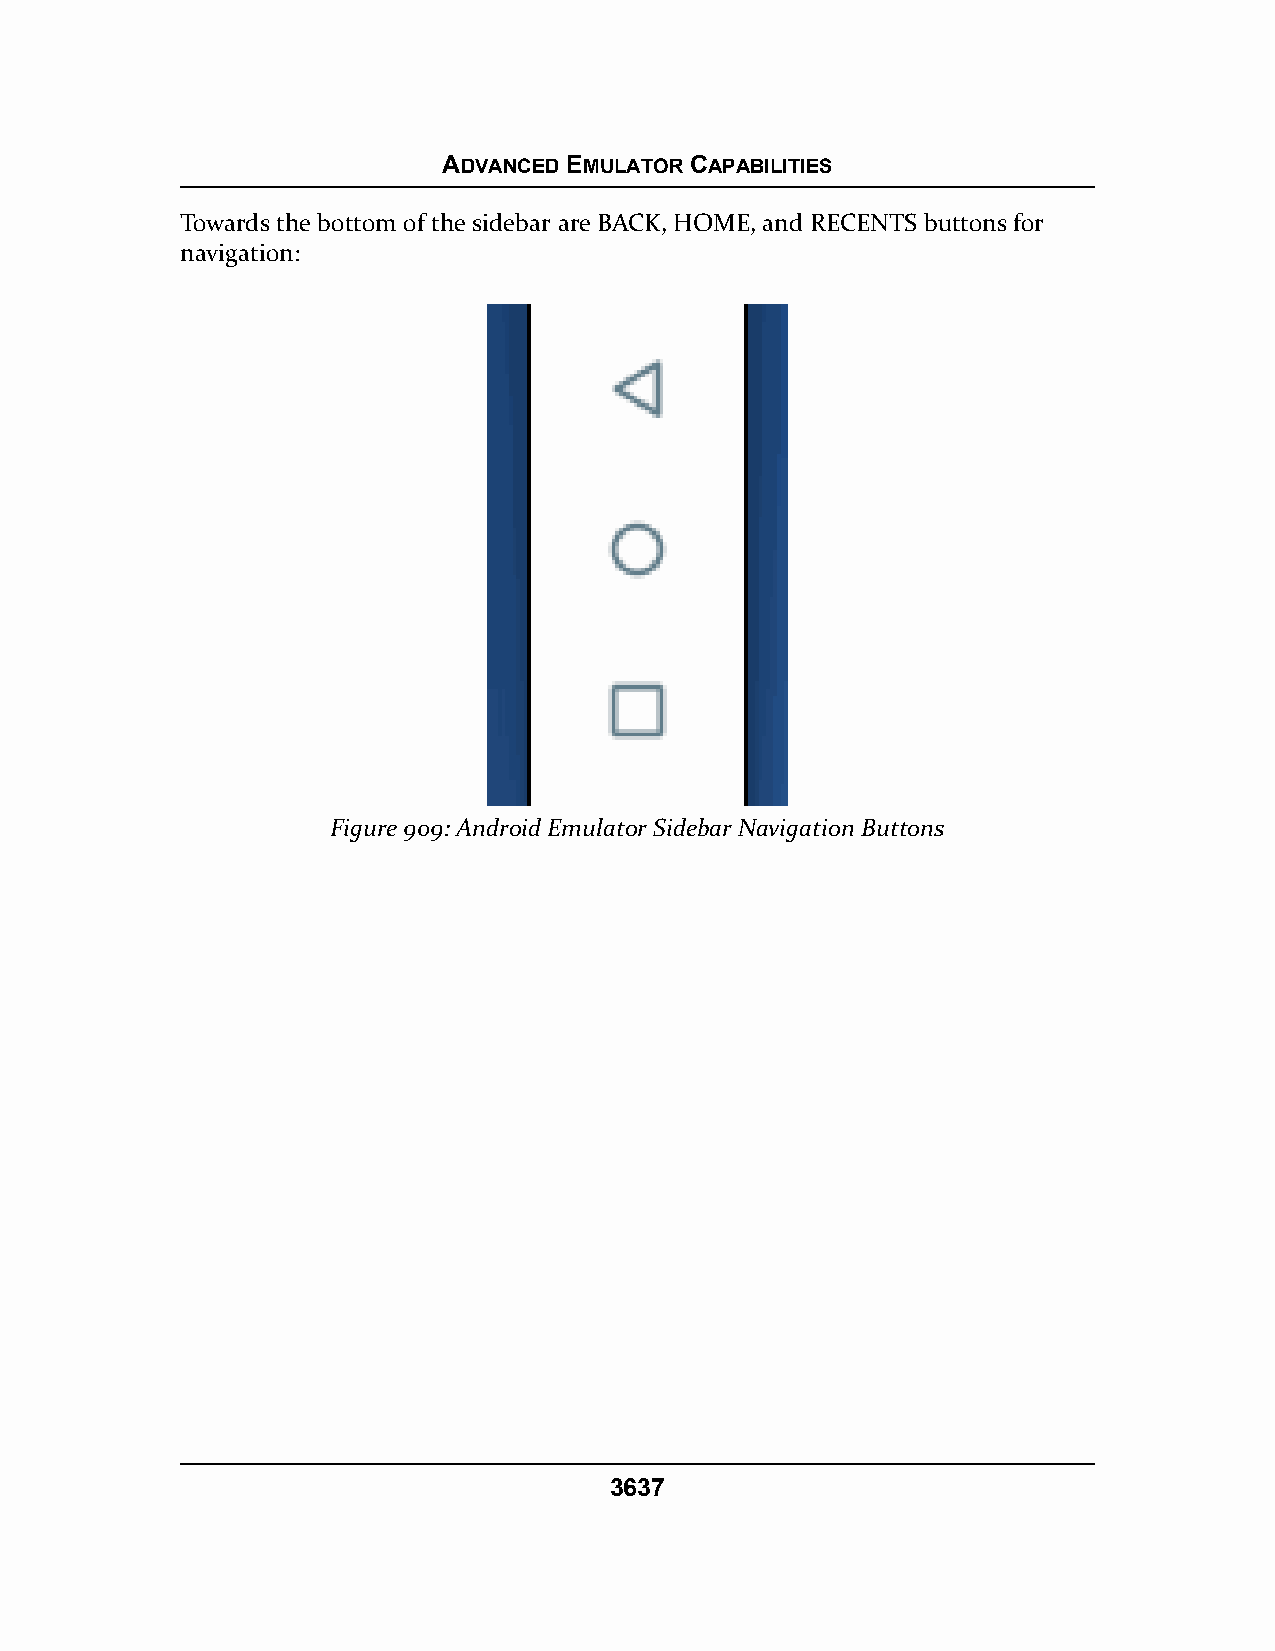
ADVANCED EMULATOR CAPABILITIES
 Towards the bottom of the sidebar are BACK, HOME, and RECENTS buttons for
 navigation:
 Figure 909: Android Emulator Sidebar Navigation Buttons
 3637